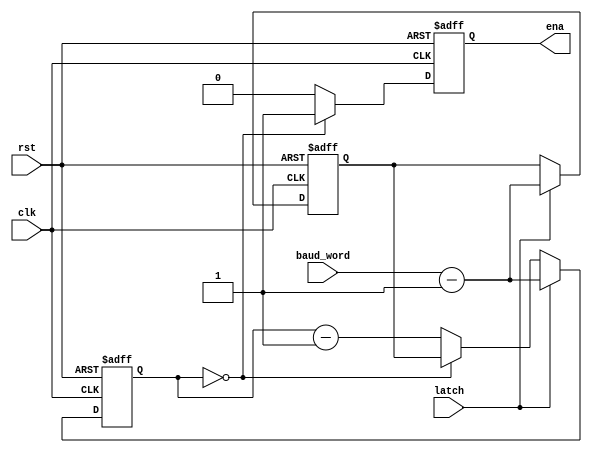
//--------------------------------------------------------------------------------------------------
//
// Title		: baud_gen
// Design		: sig_acq
// Company		: xkf
// Description	: Baud rate generate for UART
//
//--------------------------------------------------------------------------------------------------

module baud_gen (
	clk,
	rst,
	//y_uart,
	
	latch,
	baud_word,	
	
	ena
	);
	
input clk;
input rst;
//input y_uart;
input latch;
input [15:0] baud_word;
output reg ena;
//wire y_l;

reg [15:0] cnt;
reg [15:0] baud_word_r;

//assign y_l = y_uart && latch;
always @(posedge clk or negedge rst)
	if (!rst)
		cnt <= 16'h0006;
	else 
		if (latch)
			cnt <= baud_word - 1'd1;
	else
		if (cnt==16'd0)
			cnt <= baud_word_r;
	else
		cnt <= cnt - 1'd1;
		
always @(posedge clk or negedge rst)
	if (!rst)
		baud_word_r <= 16'h0006;
	else 
		if (latch)
			baud_word_r <= baud_word - 1'd1;
			
always @(posedge clk or negedge rst)
	if (!rst)
		ena <= 1'b0;
	else 
		if (cnt==16'd0)
			ena <= 1'b1;
	else
		ena <= 1'b0;
	
endmodule